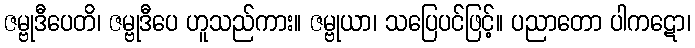
ဇမ္ဗုဒီပေတိ၊ ဇမ္ဗုဒီပေ ဟူသည်ကား။ ဇမ္ဗုယာ၊ သပြေပင်ဖြင့်။ ပညာတော ပါကဋော၊